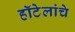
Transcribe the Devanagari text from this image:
हॉटेलांचे